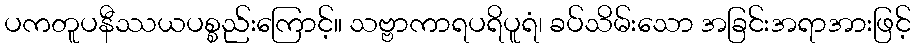
ပကတူပနီဿယပစ္စည်းကြောင့်။ သဗ္ဗာကာရပရိပူရံ၊ ခပ်သိမ်းသော အခြင်းအရာအားဖြင့်